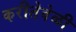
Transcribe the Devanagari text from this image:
करीतेवेळी